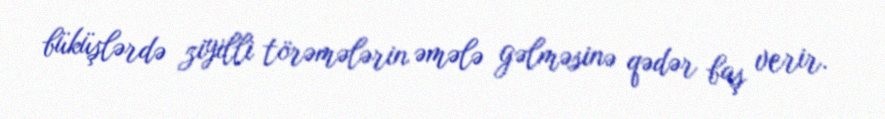
büküşlərdə ziyilli törəmələrin əmələ gəlməsinə qədər baş verir.